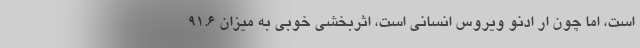
است، اما چون ار ادنو ویروس انسانی است، اثربخشی خوبی به میزان ۹۱.۶